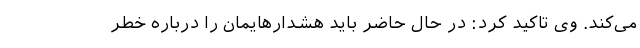
می‌کند. وی تاکید کرد: در حال حاضر باید هشدارهایمان را درباره خطر